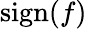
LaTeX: \mathrm{sign}(f)